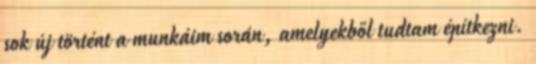
sok új történt a munkáim során, amelyekből tudtam építkezni.